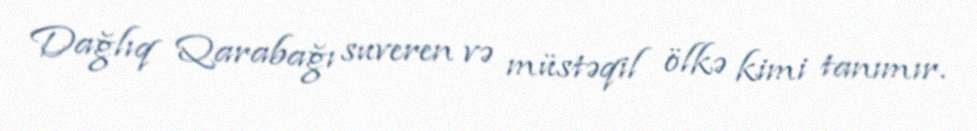
Dağlıq Qarabağı suveren və müstəqil ölkə kimi tanımır.